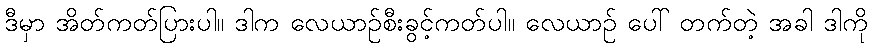
ဒီမှာ အိတ်ကတ်ပြားပါ။ ဒါက လေယာဉ်စီးခွင့်ကတ်ပါ။ လေယာဉ် ပေါ် တက်တဲ့ အခါ ဒါကို